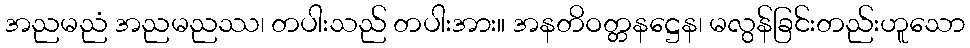
အညမညံ အညမညဿ၊ တပါးသည် တပါးအား။ အနတိဝတ္တနဋ္ဌေန၊ မလွန်ခြင်းတည်းဟူသော